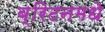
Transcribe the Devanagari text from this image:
ब्रिटनमधे